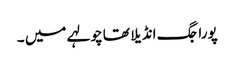
پورا جگ انڈیلا تھا چولہے میں ۔